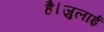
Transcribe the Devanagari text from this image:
है।जुलाई